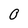
Character: 0